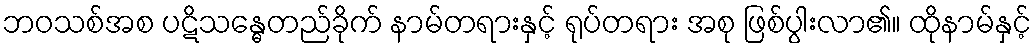
ဘဝသစ်အစ ပဋိသန္ဓေတည်ခိုက် နာမ်တရားနှင့် ရုပ်တရား အစု ဖြစ်ပွါးလာ၏။ ထိုနာမ်နှင့်